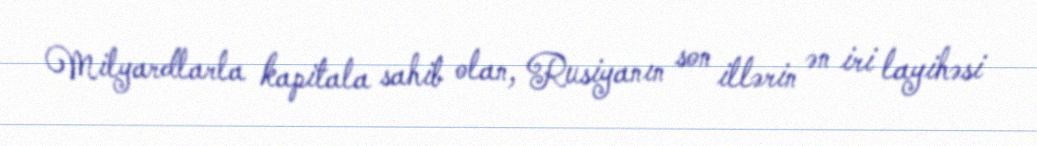
Milyardlarla kapitala sahib olan, Rusiyanın son illərin ən iri layihəsi